Report of the Imperial Institute of Veterinary Research, Muktesar
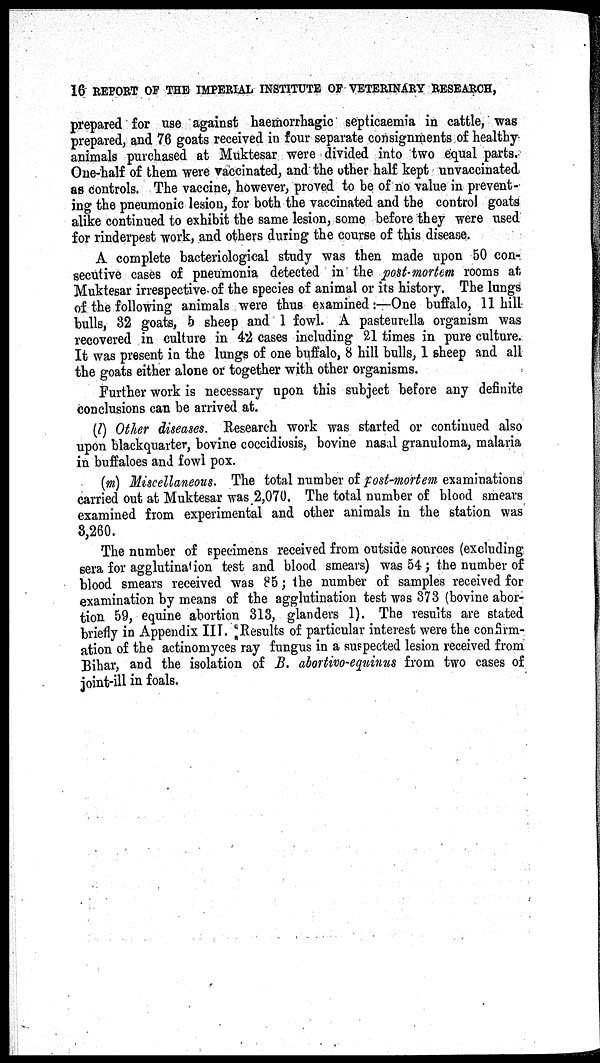
16 REPORT OF THE IMPERIAL INSTITUTE OF VETERINARY RESEARCH,
prepared for use against haemorrhagic septicaemia in cattle, was
prepared, and 76 goats received in four separate consignments of healthy
animals purchased at Muktesar were divided into two equal parts.
One-half of them were vaccinated, and the other half kept unvaccinated
as controls. The vaccine, however, proved to be of no value in prevent-
ing the pneumonic lesion, for both the vaccinated and the control goats
alike continued to exhibit the same lesion, some before they were used
for rinderpest work, and others during the course of this disease.
A complete bacteriological study was then made upon 50 con-
secutive cases of pneumonia detected in the post-mortem rooms at
Muktesar irrespective of the species of animal or its history. The lungs
of the following animals were thus examined:—One buffalo, 11 hill
bulls, 32 goats, 5 sheep and 1 fowl. A pasteurella organism was
recovered in culture in 42 cases including 21 times in pure culture.
It was present in the lungs of one buffalo, 8 hill bulls, 1 sheep and all
the goats either alone or together with other organisms.
Further work is necessary upon this subject before any definite
conclusions can be arrived at.
(l) Other diseases. Research work was started or continued also
upon blackquarter, bovine coccidiosis, bovine nasal granuloma, malaria
in buffaloes and fowl pox.
(m) Miscellaneous. The total number of post-mortem examinations
carried out at Muktesar was 2,070. The total number of blood smears
examined from experimental and other animals in the station was
3,260.
The number of specimens received from outside sources (excluding
sera for agglutination test and blood smears) was 54 ; the number of
blood smears received was 85; the number of samples received for
examination by means of the agglutination test was 373 (bovine abor-
tion 59, equine abortion 313, glanders 1). The results are stated
briefly in Appendix III. Results of particular interest were the confirm-
ation of the actinomyces ray fungus in a suspected lesion received from
Bihar, and the isolation of B. abortivo-equinus from two cases of
joint-ill in foals.